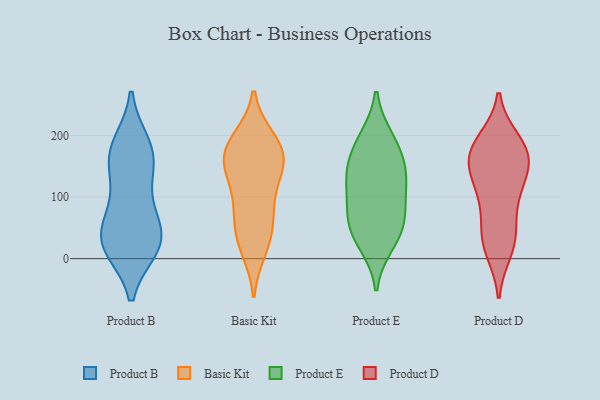
{"axis": {"x": "Gross Profit (USD K)", "y": "Value"}, "legend": ["Basic Kit", "Product B", "Product D", "Product E"], "data": [{"x": "", "y": 159, "type": "Product B"}, {"x": "", "y": 28, "type": "Product B"}, {"x": "", "y": 21, "type": "Product B"}, {"x": "", "y": 39, "type": "Product B"}, {"x": "", "y": 151, "type": "Product B"}, {"x": "", "y": 18, "type": "Product B"}, {"x": "", "y": 18, "type": "Product B"}, {"x": "", "y": 185, "type": "Product B"}, {"x": "", "y": 39, "type": "Product B"}, {"x": "", "y": 80, "type": "Product B"}, {"x": "", "y": 184, "type": "Product B"}, {"x": "", "y": 155, "type": "Product B"}, {"x": "", "y": 86, "type": "Product B"}, {"x": "", "y": 195, "type": "Basic Kit"}, {"x": "", "y": 83, "type": "Basic Kit"}, {"x": "", "y": 45, "type": "Basic Kit"}, {"x": "", "y": 186, "type": "Basic Kit"}, {"x": "", "y": 161, "type": "Basic Kit"}, {"x": "", "y": 55, "type": "Basic Kit"}, {"x": "", "y": 163, "type": "Basic Kit"}, {"x": "", "y": 74, "type": "Basic Kit"}, {"x": "", "y": 164, "type": "Basic Kit"}, {"x": "", "y": 133, "type": "Basic Kit"}, {"x": "", "y": 164, "type": "Basic Kit"}, {"x": "", "y": 112, "type": "Basic Kit"}, {"x": "", "y": 14, "type": "Basic Kit"}, {"x": "", "y": 19, "type": "Basic Kit"}, {"x": "", "y": 142, "type": "Basic Kit"}, {"x": "", "y": 195, "type": "Basic Kit"}, {"x": "", "y": 187, "type": "Product E"}, {"x": "", "y": 136, "type": "Product E"}, {"x": "", "y": 70, "type": "Product E"}, {"x": "", "y": 55, "type": "Product E"}, {"x": "", "y": 194, "type": "Product E"}, {"x": "", "y": 156, "type": "Product E"}, {"x": "", "y": 40, "type": "Product E"}, {"x": "", "y": 84, "type": "Product E"}, {"x": "", "y": 25, "type": "Product E"}, {"x": "", "y": 134, "type": "Product E"}, {"x": "", "y": 119, "type": "Product E"}, {"x": "", "y": 169, "type": "Product D"}, {"x": "", "y": 186, "type": "Product D"}, {"x": "", "y": 162, "type": "Product D"}, {"x": "", "y": 171, "type": "Product D"}, {"x": "", "y": 190, "type": "Product D"}, {"x": "", "y": 107, "type": "Product D"}, {"x": "", "y": 112, "type": "Product D"}, {"x": "", "y": 156, "type": "Product D"}, {"x": "", "y": 15, "type": "Product D"}, {"x": "", "y": 24, "type": "Product D"}, {"x": "", "y": 46, "type": "Product D"}, {"x": "", "y": 39, "type": "Product D"}, {"x": "", "y": 106, "type": "Product D"}, {"x": "", "y": 153, "type": "Product D"}]}